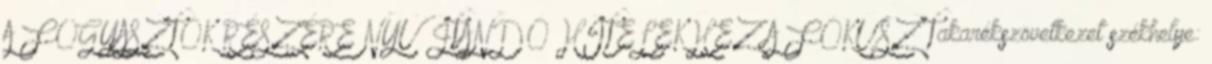
A FOGYASZTÓK RÉSZÉRE NYÚJTANDÓ HITELEKHEZ A FÓKUSZ Takarékszövetkezet székhelye: